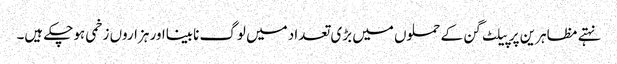
نہتے مظاہرین پر پیلٹ گن کے حملوں میں بڑی تعداد میں لوگ نابینااور ہزاروں زخمی ہوچکے ہیں۔